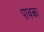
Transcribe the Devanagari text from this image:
पावका